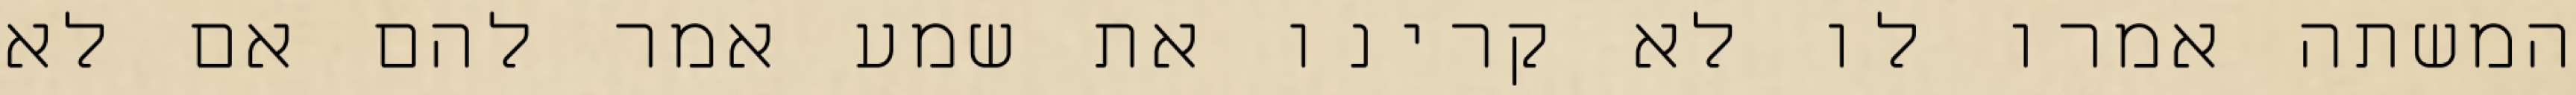
המשתה אמרו לו לא קרינו את שמע אמר להם אם לא